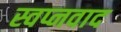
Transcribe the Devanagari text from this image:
स्वप्नवाद